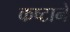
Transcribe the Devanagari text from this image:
कष्‍टाने